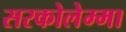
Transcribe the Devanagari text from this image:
सरकोलेम्मा